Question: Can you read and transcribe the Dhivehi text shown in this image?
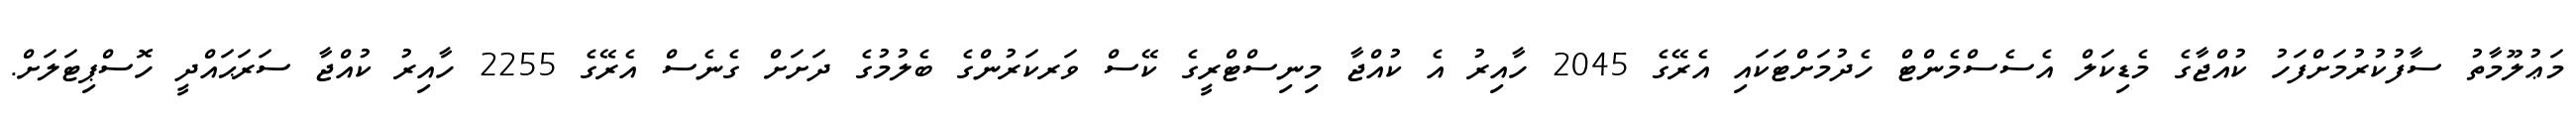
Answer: މަޢުލޫމާތު ސާފުކުރުމަށްފަހު ކުއްޖާގެ މެޑިކަލް އެސެސްމެންޓް ހެދުމަށްޓަކައި އެރޭގެ 2045 ހާއިރު އެ ކުއްޖާ މިނިސްޓްރީގެ ކޭސް ވަރކަރުންގެ ބެލުމުގެ ދަށަށް ގެނެސް އެރޭގެ 2255 ހާއިރު ކުއްޖާ ސަރަޙައްދީ ހޮސްޕިޓަލަށް.